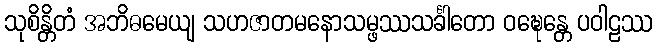
သုစိန္တိတံ အဘိဓမေယျ သဟဇာတမနောသမ္ဖဿသင်္ခါတော ဝဍ္ဎေန္တေ ပဝါဠဿ